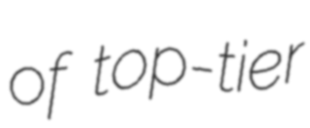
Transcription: of top-tier